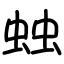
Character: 䖵